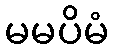
မမပိမံ